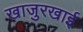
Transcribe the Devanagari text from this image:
खाजुरखाई